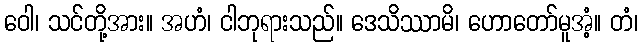
ဝေါ၊ သင်တို့အား။ အဟံ၊ ငါဘုရားသည်။ ဒေသိဿာမိ၊ ဟောတော်မူအံ့။ တံ၊